Triennial report on the lunatic asylums in the province of Eastern Bengal and Assam - 1903-1911
Year: 1903
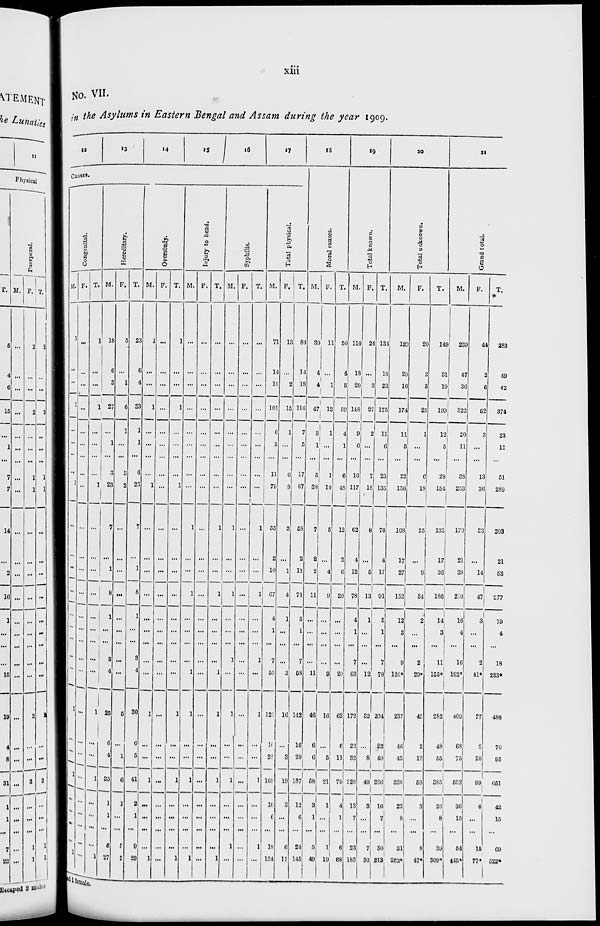
xiii
No. VII.
in the Asylums in Eastern Bengal and Assam during the year 1909.
12
13
14
15
16
17
Causes.
Congenital.
M.
1
...
...
1
...
...
...
...
1
...
...
...
...
...
...
...
...
...
1
...
...
1
...
...
...
...
1
F.
...
...
...
...
...
...
...
...
...
...
...
...
...
...
...
...
...
...
...
...
...
...
...
...
...
...
...
T.
1
...
...
1
...
...
...
...
1
...
...
...
...
...
...
...
...
...
1
...
...
1
...
...
...
...
1
Hereditary.
M.
18
6
3
27
...
1
...
3
23
7
...
1
8
1
...
...
3
4
25
6
4
35
1
1
...
6
27
F.
5
...
1
6
1
...
...
3
2
...
...
...
...
...
...
...
...
...
5
...
1
6
1
...
...
3
2
T.
23
6
4
33
1
1
...
6
25
7
...
1
8
1
...
...
3
4
30
6
5
41
2
1
...
9
29
Overstudy.
M.
1
...
...
1
...
...
...
...
1
...
...
...
...
...
...
...
...
...
1
...
...
1
...
...
...
...
1
F.
...
...
...
...
...
...
...
...
...
...
...
...
...
...
...
...
...
...
...
...
...
...
...
...
...
...
...
T.
1
...
...
1
...
...
...
...
1
...
...
...
...
...
...
...
...
...
1
...
...
1
...
...
...
...
1
Injury to head.
M.
...
...
...
...
...
...
...
...
...
1
...
...
1
...
...
...
...
1
1
...
...
1
...
...
...
...
1
F.
...
...
...
...
...
...
...
...
...
...
...
...
...
...
...
...
...
...
...
...
...
...
...
...
...
...
...
T.
...
...
...
...
...
...
...
...
...
1
...
...
1
...
...
...
...
1
1
...
...
1
...
...
...
...
1
Syphilis.
M.
...
...
...
...
...
...
...
...
...
1
...
...
1
...
...
...
1
...
1
...
...
1
...
...
...
1
...
F.
...
...
...
...
...
...
...
...
...
...
...
...
...
...
...
...
...
...
...
...
...
...
...
...
...
...
...
T.
...
...
...
...
...
...
...
...
...
1
...
...
1
...
...
...
1
...
1
...
...
1
...
...
...
1
...
Total physical.
M.
71
14
16
101
6
5
...
11
79
55
2
10
67
4
1
...
7
55
126
16
26
168
10
6
...
18
134
F.
13
...
2
15
1
...
...
6
8
3
...
1
4
1
...
...
...
3
16
...
3
19
2
...
...
6
11
T.
84
14
18
116
7
5
...
17
87
58
2
11
71
5
1
...
7
58
142
16
29
187
12
6
...
24
145
18
Moral causes.
M.
39
4
4
47
3
1
...
5
38
7
2
2
11
...
...
...
...
11
46
6
6
58
3
1
...
5
49
F.
11
...
1
12
1
...
...
1
10
5
...
4
9
...
...
...
...
9
16
...
5
21
1
...
...
1
19
T.
50
4
5
59
4
1
...
6
48
12
2
6
20
...
...
...
...
20
62
6
11
79
4
1
...
6
68
19
Total known.
M.
110
18
20
148
9
6
...
16
117
62
4
12
78
4
1
...
7
66
172
22
32
226
13
7
...
23
183
F.
24
...
3
27
2
...
...
7
18
8
...
5
13
1
...
...
...
12
32
...
8
40
3
...
...
7
30
T.
134
18
23
175
11
6
...
23
135
70
4
17
91
5
1
...
7
78
204
22
40
266
16
7
...
30
213
20
Total unknown.
M.
129
29
16
174
11
5
...
22
136
108
17
27
152
12
3
...
9
126*
237
46
43
326
23
8
...
31
262*
F.
20
2
3
25
1
...
...
6
18
25
...
9
34
2
...
...
2
29*
45
2
12
59
3
...
...
8
47*
T.
149
31
19
199
12
5
...
28
154
133
17
36
186
14
3
...
11
155*
282
48
55
385
26
8
...
39
309*
21
Grand total.
M.
239
47
36
322
20
11
...
38
253
170
21
39
230
16
4
...
16
192*
409
68
75
552
36
15
...
54
445*
F.
44
2
6
52
3
...
...
13
36
33
...
14
47
3
...
...
2
41*
77
2
20
99
6
...
...
16
77*
T.
283
49
42
374
23
11
...
51
289
203
21
53
277
19
4
...
18
233*
486
70
95
651
42
15
...
69
522*
and 1 female.